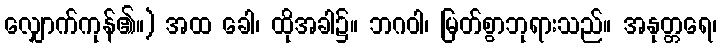
လျှောက်ကုန်၏။) အထ ခေါ၊ ထိုအခါ၌။ ဘဂဝါ၊ မြတ်စွာဘုရားသည်။ အနုတ္တရေ၊